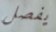
يفصل